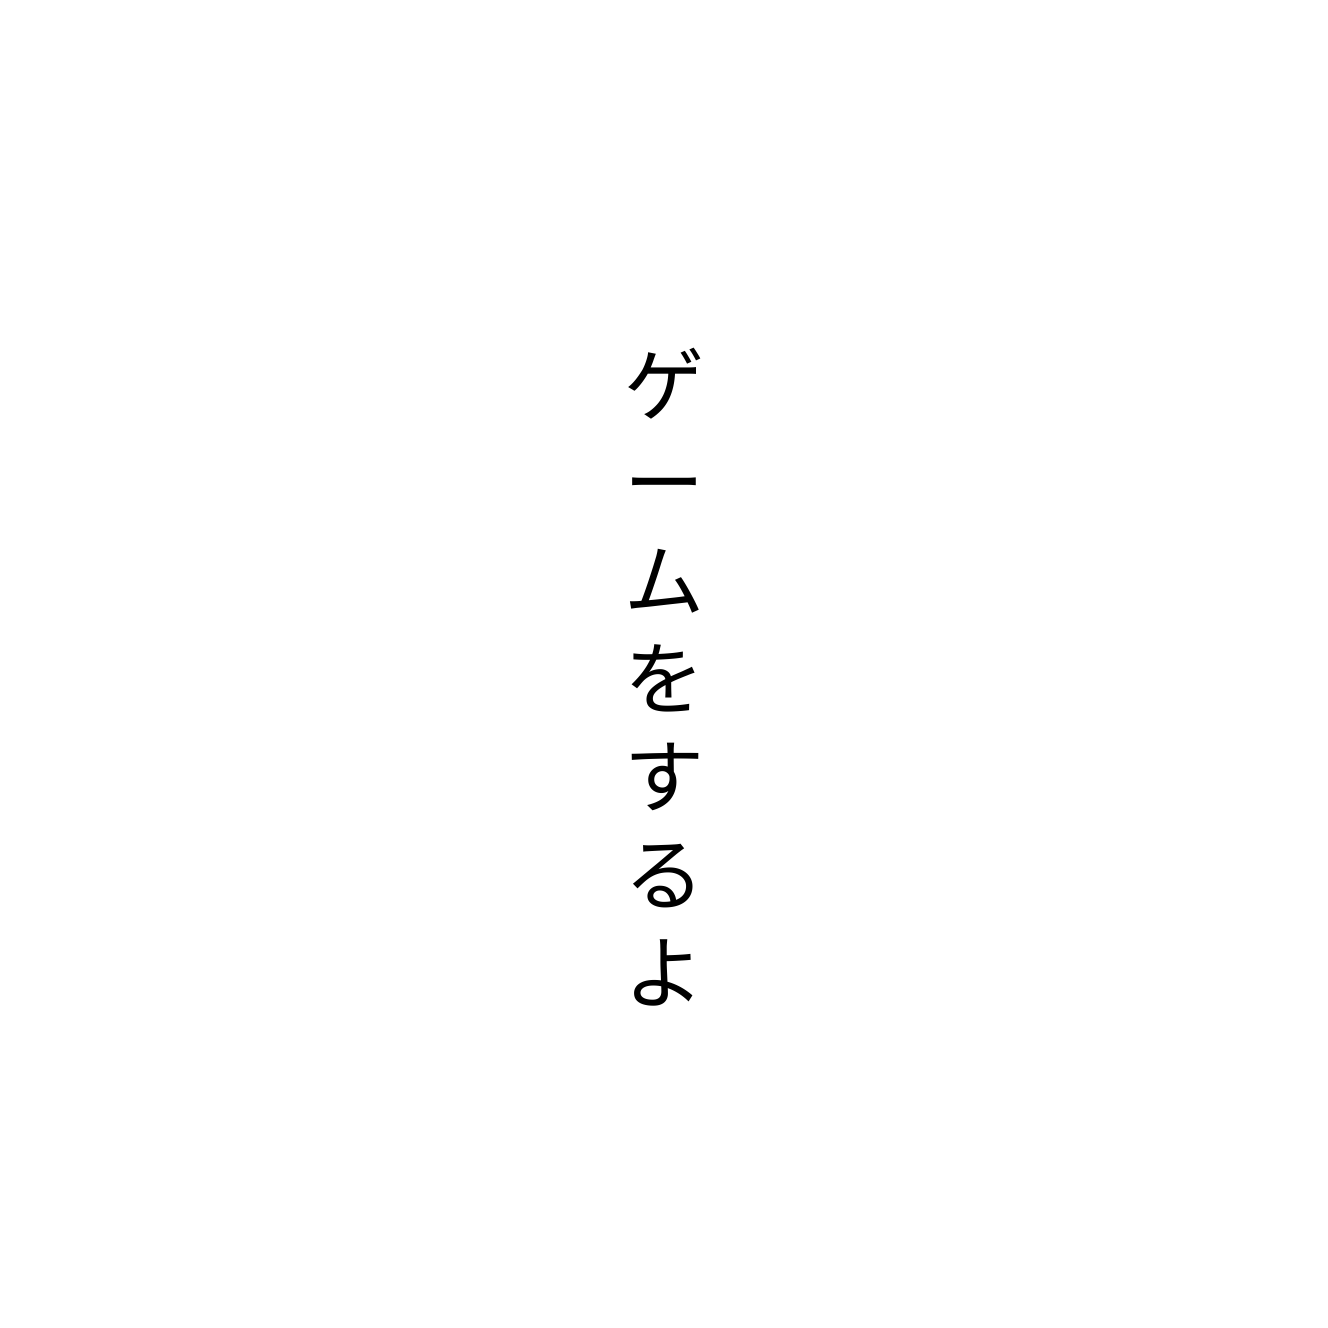
ゲームをするよ